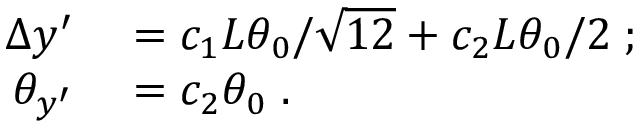
\begin{array} { r l } { \Delta y ^ { \prime } } & { { } = c _ { 1 } L \theta _ { 0 } / \sqrt { 1 2 } + c _ { 2 } L \theta _ { 0 } / 2 \; ; } \\ { \theta _ { y ^ { \prime } } } & { { } = c _ { 2 } \theta _ { 0 } \; . } \end{array}